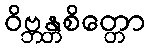
ဝိဗ္ဘန္တစိတ္တော